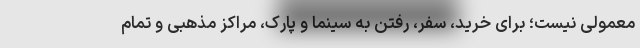
معمولی نیست؛ برای خرید، سفر، رفتن به سینما و پارک، مراکز مذهبی و تمام